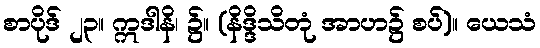
စာပိုဒ် ၂၃။ ဣဒါနိ၊ ၌။ (နိဒ္ဒိသိတုံ အာဟ၌ စပ်)။ ယေသံ